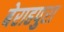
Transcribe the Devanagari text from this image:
बेराहपुरा